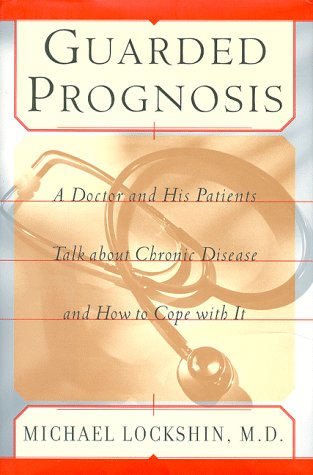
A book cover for Guarded Prognosis: A Doctor and His Patients Talk About Chronic Disease and How to Cope With It; Michael Lockshin; Health, Fitness & Dieting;